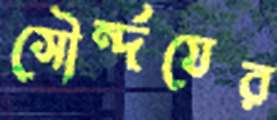
সৌর্ন্দযের